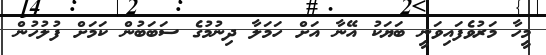
މީހާ މަރުވެފައިވަނީ ބަޔަކު އޭނާ އަށް ހަމަލާ ދިނުމުގެ ސަބަބުން ކަމަށް ފުލުހުން